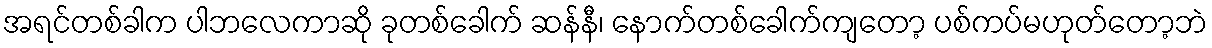
အရင်တစ်ခါက ပါဘလေကာဆို ခုတစ်ခေါက် ဆန်နီ၊ နောက်တစ်ခေါက်ကျတော့ ပစ်ကပ်မဟုတ်တော့ဘဲ